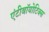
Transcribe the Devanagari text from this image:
एंटीबॉयोटिक्स